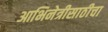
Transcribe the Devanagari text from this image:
आभिनेत्रीसाठीचा